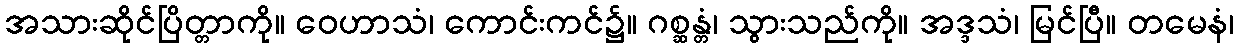
အသားဆိုင်ပြိတ္တာကို။ ဝေဟာသံ၊ ကောင်းကင်၌။ ဂစ္ဆန္တံ၊ သွားသည်ကို။ အဒ္ဒသံ၊ မြင်ပြီ။ တမေနံ၊